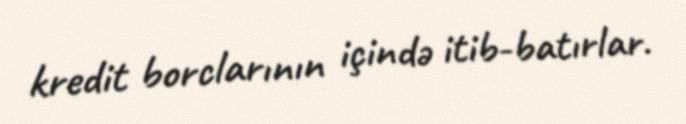
kredit borclarının içində itib-batırlar.